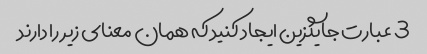
3 عبارت جایگزین ایجاد کنید که همان معنای زیر را دارند